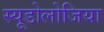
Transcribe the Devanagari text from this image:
स्यूडोलोजिया